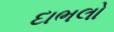
દાભલો